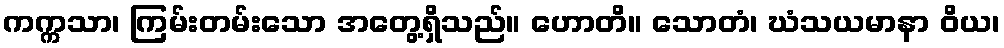
ကက္ကသာ၊ ကြမ်းတမ်းသော အတွေ့ရှိသည်။ ဟောတိ။ သောတံ၊ ဃံသယမာနာ ဝိယ၊